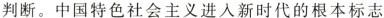
判断。中国特色社会主义进入新时代的根本标志